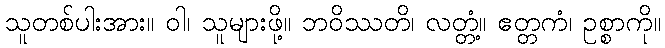
သူတစ်ပါးအား။ ဝါ၊ သူများဖို့။ ဘဝိဿတိ၊ လတ္တံ့။ ဧတ္တကံ၊ ဥစ္စာကို။